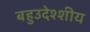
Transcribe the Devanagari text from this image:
बहुउदेश्शीय